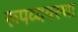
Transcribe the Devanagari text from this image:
रूपव्यवस्था